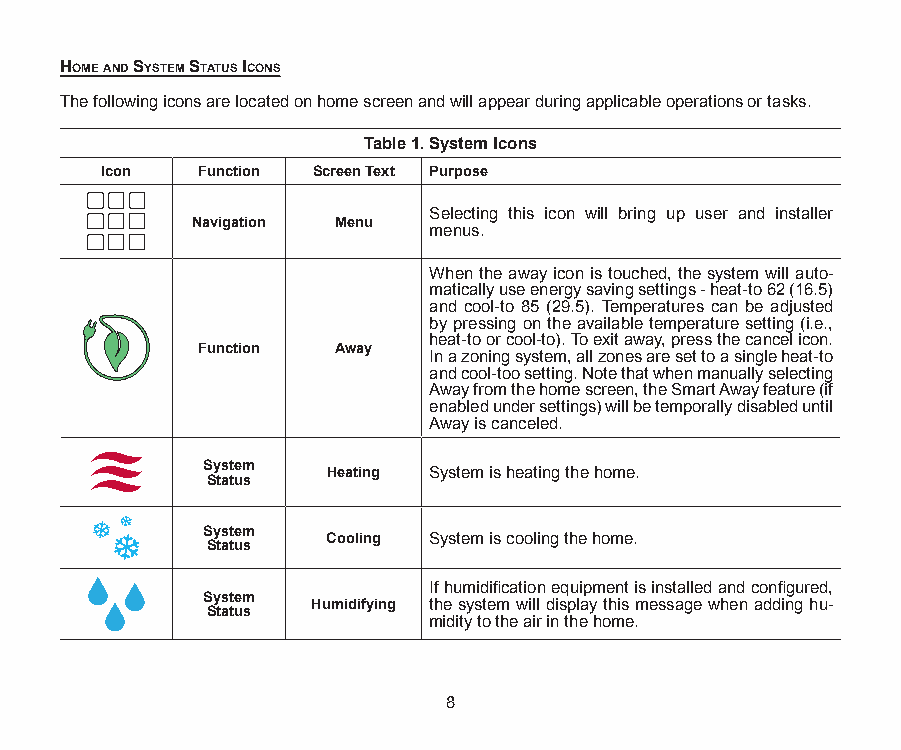
Home And SyStem StAtuS iconS
 The following icons are located on home screen and will appear during applicable operations or tasks.
 Table 1. System Icons
 Icon  Function Screen Text Purpose
 Selecting this icon will bring up user and installer
 Navigation Menu
 menus.
 When the away icon is touched, the system will auto-
 matically use energy saving settings - heat-to 62 (16.5)
 and cool-to 85 (29.5). Temperatures can be adjusted
 by pressing on the available temperature setting (i.e.,
 heat-to or cool-to). To exit away, press the cancel icon.
 Function Away
 In a zoning system, all zones are set to a single heat-to
 and cool-too setting. Note that when manually selecting
 Away from the home screen, the Smart Away feature (if
 enabled under settings) will be temporally disabled until
 Away is canceled.
 System   Heating System is heating the home.
 Status
 System   Cooling System is cooling the home.
 Status
 If humidification equipment is installed and configured,
 System  Humidifying the system will display this message when adding hu-
 Status
 midity to the air in the home.
 8